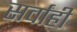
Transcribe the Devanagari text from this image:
सर्वांही